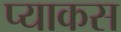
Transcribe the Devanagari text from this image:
प्याकस